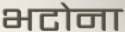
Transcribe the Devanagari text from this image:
भटोना